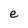
Character: e